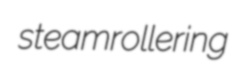
steamrollering